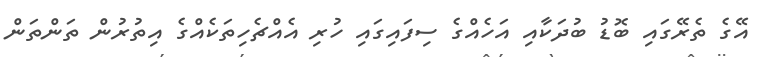
އޭގެ ތެރޭގައި ބޮޑު ބުދަކާއި އަހެއްގެ ސިފައިގައި ހުރި އެއްޗެހިތަކެއްގެ އިތުރުން ތަންތަން